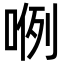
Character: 𭈖